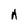
Character: A